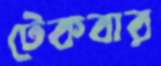
টেকবার